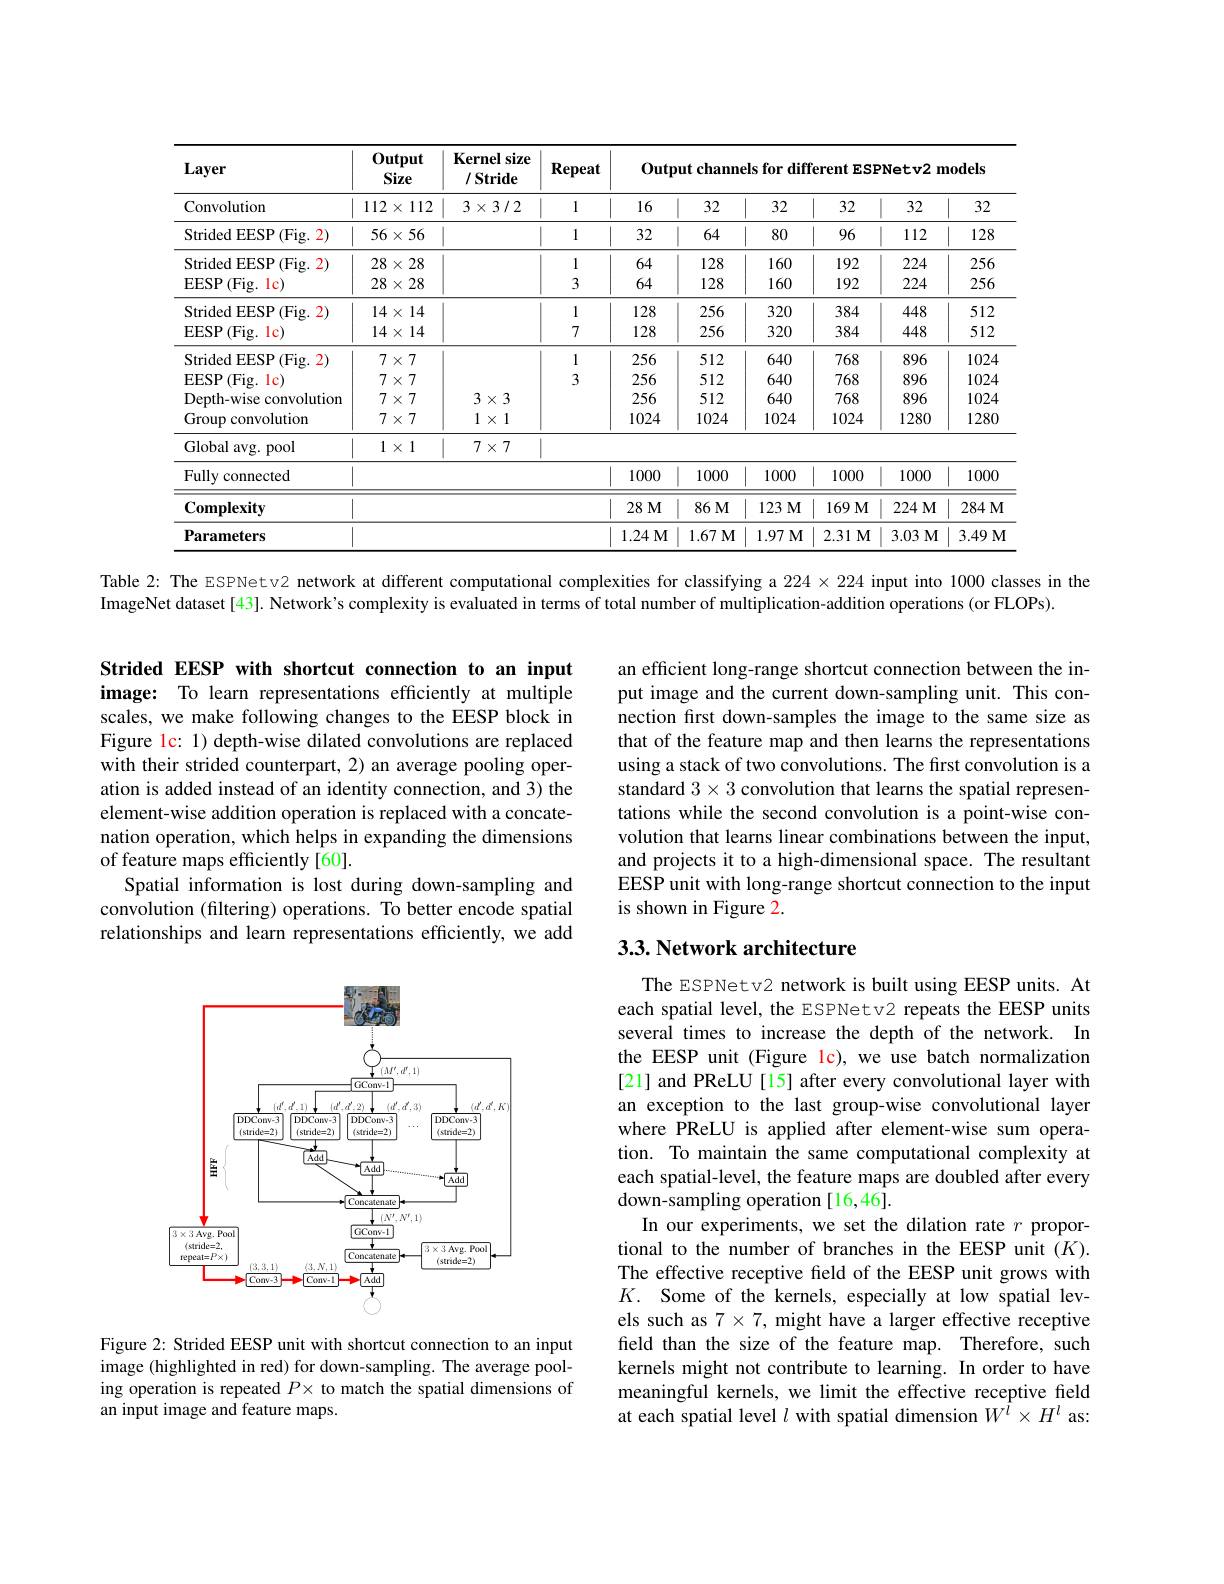
<table>
	<tbody>
		<tr>
			<th rowspan="2">Layer Convolution</th>
			<th rowspan="2">$0utput$ Size $112\times112$ 112</th>
			<th rowspan="2">$\mathbf{Kernelsize}$ /Stride $3\times3/2$</th>
			<th rowspan="2">Repeat 1</th>
			<th colspan="6">Output channels for different ESPNetv2 models</th>
		</tr>
		<tr>
			<th>16</th>
			<th>32</th>
			<th>32</th>
			<th>32</th>
			<th>32</th>
			<th>32</th>
		</tr>
		<tr>
			<td>(Fig. 2) Strided EESP</td>
			<td>$56\times56$</td>
			<td> </td>
			<td>1</td>
			<td>32</td>
			<td>64</td>
			<td>80</td>
			<td>96</td>
			<td>112</td>
			<td>128</td>
		</tr>
		<tr>
			<td>(Fig. 2) Strided I EESP</td>
			<td>$28\times\tilde{2}$ 28</td>
			<td> </td>
			<td>1</td>
			<td>64</td>
			<td>128</td>
			<td>160</td>
			<td>192</td>
			<td>224</td>
			<td>256</td>
		</tr>
		<tr>
			<td>EESP (Fig. lc)</td>
			<td>$28\times28$</td>
			<td> </td>
			<td>3</td>
			<td>64</td>
			<td>128</td>
			<td>160</td>
			<td>192</td>
			<td>224</td>
			<td>256</td>
		</tr>
		<tr>
			<td>Strided EESP (Fig. 2)</td>
			<td>$14\times14$</td>
			<td> </td>
			<td>1</td>
			<td>128</td>
			<td>256</td>
			<td>320</td>
			<td>384</td>
			<td>448</td>
			<td>512</td>
		</tr>
		<tr>
			<td>EESP (Fig. lc)</td>
			<td>$14\times14$</td>
			<td> </td>
			<td>7</td>
			<td>128</td>
			<td>256</td>
			<td>320</td>
			<td>384</td>
			<td>448</td>
			<td>512</td>
		</tr>
		<tr>
			<td>(Fig. 2) Strided I 1 EESP</td>
			<td>$7\times7$</td>
			<td> </td>
			<td>1</td>
			<td>256</td>
			<td>512</td>
			<td>640</td>
			<td>768</td>
			<td>896</td>
			<td>1024</td>
		</tr>
		<tr>
			<td>EESP (Fig. lc)</td>
			<td>$7\times7$</td>
			<td> </td>
			<td>3</td>
			<td>256</td>
			<td>512</td>
			<td>640</td>
			<td>768</td>
			<td>896</td>
			<td>1024</td>
		</tr>
		<tr>
			<td>Depth-wise convolution</td>
			<td>$7\times7$</td>
			<td>$3\times3$</td>
			<td> </td>
			<td>256</td>
			<td>512</td>
			<td>640</td>
			<td>768</td>
			<td>896</td>
			<td>1024</td>
		</tr>
		<tr>
			<td>Group convolution</td>
			<td>$7\times7$</td>
			<td>$1\times1$</td>
			<td> </td>
			<td>1024</td>
			<td>1024</td>
			<td>1024</td>
			<td>1024</td>
			<td>1280</td>
			<td>1280</td>
		</tr>
		<tr>
			<td>Global avg. pool</td>
			<td>$1\times1$</td>
			<td>$7\times7$</td>
			<td>1</td>
			<td> </td>
			<td> </td>
			<td> </td>
			<td> </td>
			<td> </td>
			<td> </td>
		</tr>
		<tr>
			<td>Fully connected</td>
			<td> </td>
			<td> </td>
			<td> </td>
			<td>1000</td>
			<td>1000</td>
			<td>1000</td>
			<td>1000</td>
			<td>1000</td>
			<td>1000</td>
		</tr>
		<tr>
			<td>${\mathrm{Complexity}}$</td>
			<td> </td>
			<td> </td>
			<td> </td>
			<td>$28M$</td>
			<td>$86M$</td>
			<td>123M</td>
			<td>169M</td>
			<td>224M</td>
			<td>$284M$</td>
		</tr>
		<tr>
			<td>Parameters</td>
			<td> </td>
			<td> </td>
			<td> </td>
			<td>1.24M</td>
			<td>1.67M</td>
			<td>1.97M</td>
			<td>$2.31M$</td>
			<td>3.03 M</td>
			<td>3.49 M</td>
		</tr>
	</tbody>
</table>

Table 2: The ESPNetv2 network at different computational complexities for classifying a $224\times224$ input into 1000 classes in the

ImageNet dataset [43]. Network's complexity is evaluated in terms of total number of multiplication-addition operations (or FLOPs).

Strided EESP with shortcut connection to an input image: To learn representations efficiently at multiple scales, we make following changes to the EESP block in Figure lc: 1) depth-wise dilated convolutions are replaced with their strided counterpart, 2) an average pooling operation is added instead of an identity connection, and 3) the element-wise addition operation is replaced with a concatenation operation, which helps in expanding the dimensions of feature maps efficiently[60].
Spatial information is lost during down-sampling and convolution (filtering) operations. To better encode spatial relationships and learn representations efficiently, we add

<FigureHere>

Figure 2: Strided EESP unit with shortcut connection to an input image (highlighted in red) for down-sampling. The average pooling operation is repeated $P\times$ to match the spatial dimensions of an input image and feature maps.

an efficient long-range shortcut connection between the input image and the current down-sampling unit. This connection fırst down-samples the image to the same size as that of the feature map and then learns the representations using a stack of two convolutions. The first convolution is a standard $3\times3$ convolution that learns the spatial representations while the second convolution is a point-wise convolution that learns linear combinations between the input, and projects it to a high-dimensional space. The resultant EESP unit with long-range shortcut connection to the input is shown in Figure 2.

# 3.3. Network architecture

The ESPNetv2 network is built using EESP units. At each spatial level, the ESPNetv2 repeats the EESP units several times to increase the depth of the network. In the EESP unit (Figure lc), we use batch normalization [21] and PReLU [15] after every convolutional layer with an exception to the last group-wise convolutional layer where PReLU is applied after element-wise sum operation. To maintain the same computational complexity at each spatial-level, the feature maps are doubled after every down-sampling operation[16,46].
In our experiments, we set the dilation rate $r$ proportional to the number of branches in the EESP unit $(K).$ The effective receptive feld of the EESP unit grows with $K.$ Some of the kernels, especially at low spatial levels such as 7 $\times7$, might have a larger effective receptive feld than the size of the feature map. Therefore, such kernels might not contribute to learning. In order to have meaningful kernels, we limit the effective receptive field at each spatial level $l$ with spatial dimension $W^l\times H^l$ as: